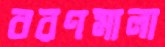
বরণমালা